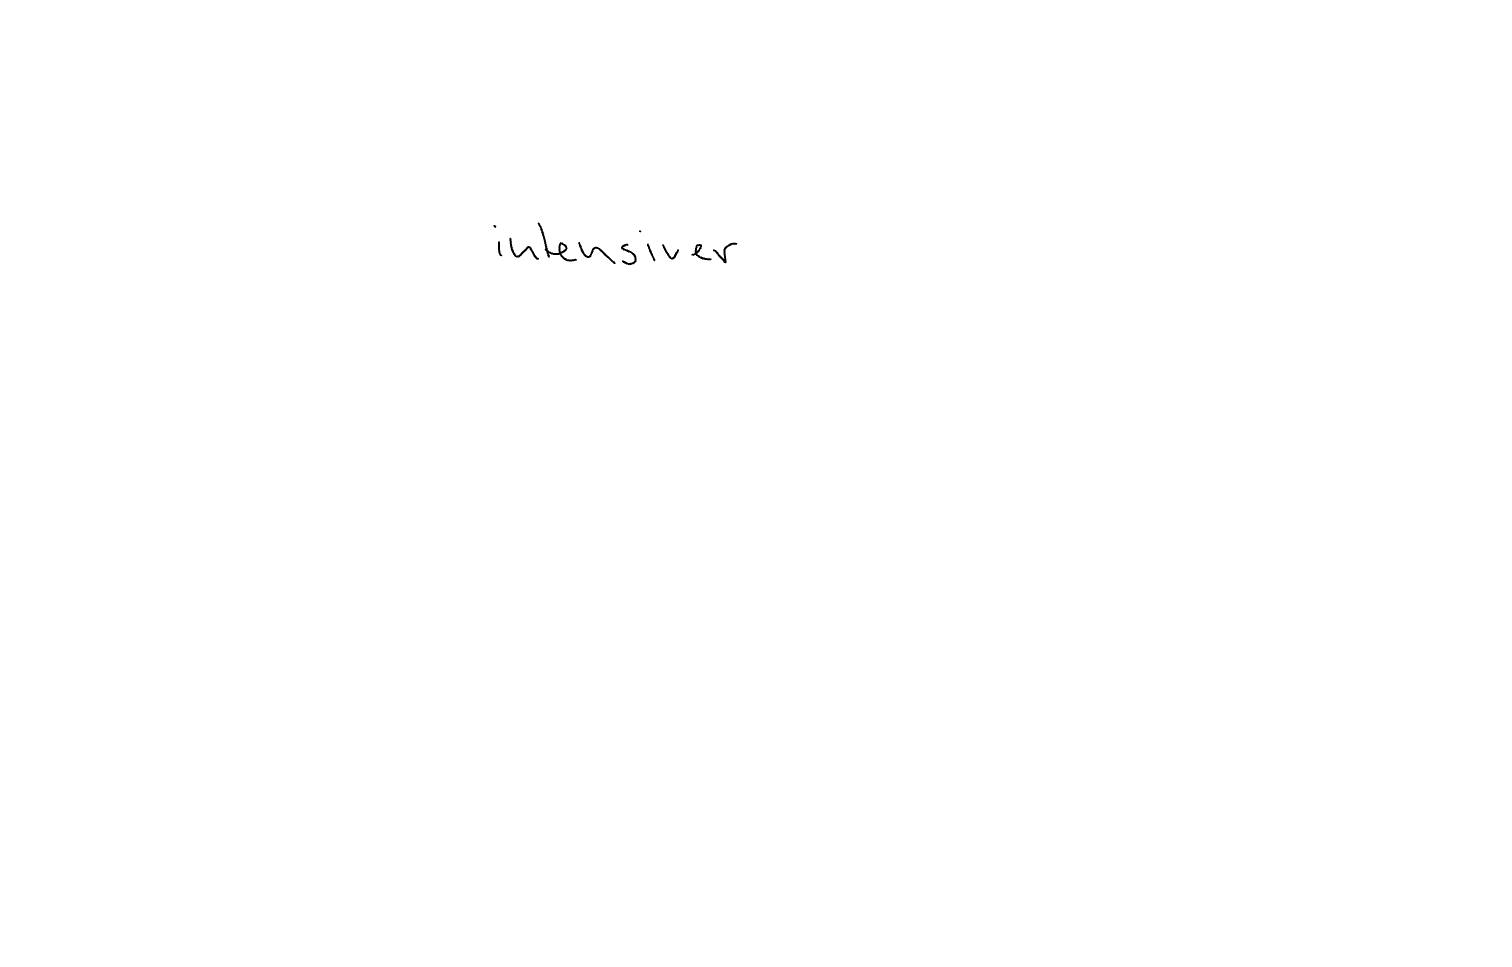
Text: intensiver